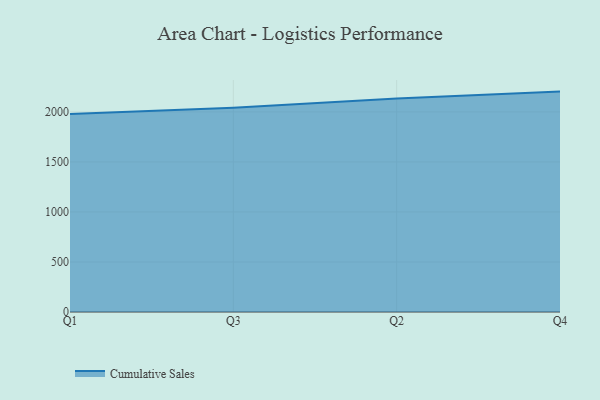
{"axis": {"x": "Quarter", "y": "Market Share (%)"}, "legend": ["Cumulative Sales"], "data": [{"x": "Q1", "y": 1978.9, "type": "Cumulative Sales"}, {"x": "Q3", "y": 2040.6, "type": "Cumulative Sales"}, {"x": "Q2", "y": 2134.2, "type": "Cumulative Sales"}, {"x": "Q4", "y": 2203.0, "type": "Cumulative Sales"}]}